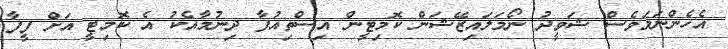
އެހެންނަމަވެސް ޝަވީދު ނޯމަލައިޒޭޝަން ކޮމިޓީން އިސްތިއުފާ ދިނުމާއެކު އެ ކޮމިޓީ އަށް ފީފާ